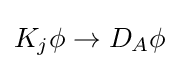
K_{j}\phi \rightarrow D_{A}\phi